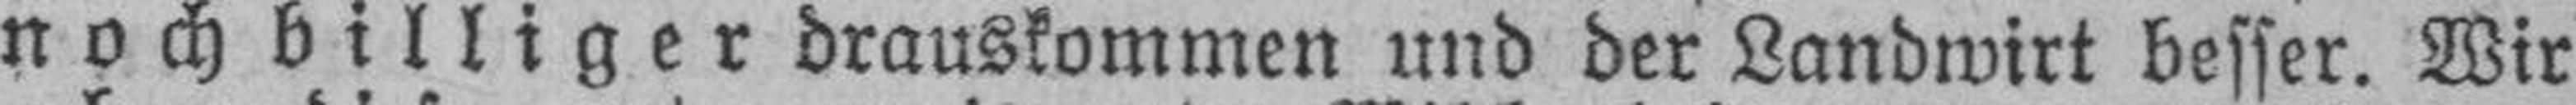
noch billiger drauskommen und der Landwirt besser. Wir